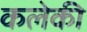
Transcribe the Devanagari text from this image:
कलेकी